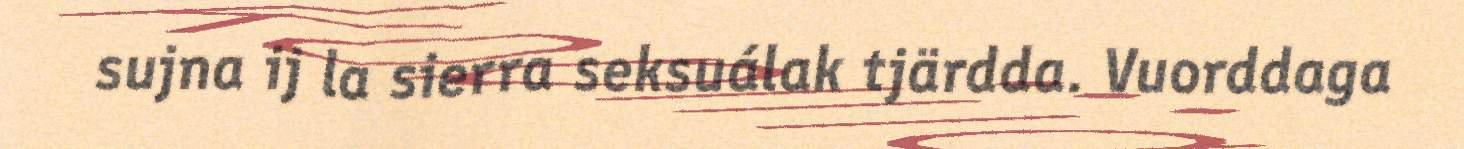
sujna ij la sierra seksuálak tjärdda. Vuorddaga